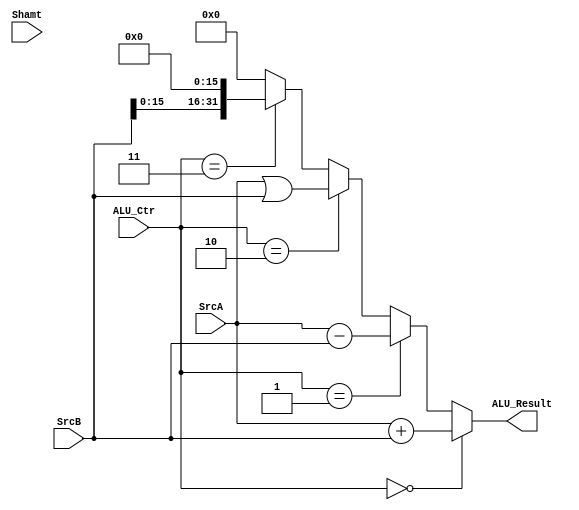
`timescale 1ns / 1ps
//////////////////////////////////////////////////////////////////////////////////
// Company: 
// Engineer: 
// 
// Design Name: 
// Module Name:    E_ALU 
// Project Name: 
// Target Devices: 
// Tool versions: 
// Description: 
//
// Dependencies: 
//
// Revision: 
// Revision 0.01 - File Created
// Additional Comments: 
//
//////////////////////////////////////////////////////////////////////////////////
`define Alu_add 4'd0
`define Alu_sub 4'd1
`define Alu_or  4'd2
`define Alu_lui 4'd3
module E_ALU(
    input [31:0] SrcA,
    input [31:0] SrcB,
    input [4:0] Shamt,
	input [3:0] ALU_Ctr,
	
    output [31:0] ALU_Result
    );

    wire [31:0] f_add = $signed(SrcA)+$signed(SrcB);
    wire [31:0] f_sub = $signed(SrcA)-$signed(SrcB);
    wire [31:0] f_or  = SrcA | SrcB;
    wire [31:0] f_lui = SrcB << 16;
	
    assign ALU_Result = (ALU_Ctr == `Alu_add) ? (f_add):
                        (ALU_Ctr == `Alu_sub) ? (f_sub):
                        (ALU_Ctr == `Alu_or ) ? (f_or ):
                        (ALU_Ctr == `Alu_lui) ? (f_lui): 0;

endmodule